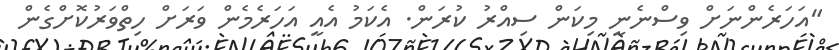
"އަހަރެންނަށް ވިސްނެނީ މިކަން ސިއްރު ކުރަން. އެކަމު އެއީ އަހަރެމެން ވަރަށް ހިތްވަރުކޮށްގެން